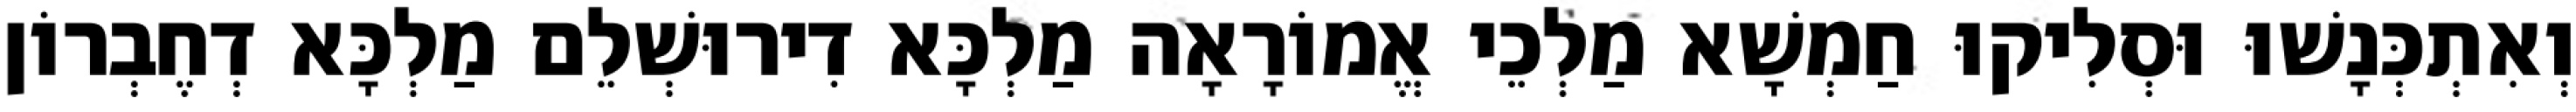
וְאִתְכְּנָשׁוּ וּסְלִיקוּ חַמְשָׁא מַלְכֵי אֱמוֹרָאָה מַלְכָּא דִירוּשְׁלֵם מַלְכָּא דְחֶבְרוֹן